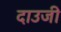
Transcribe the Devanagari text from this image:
दाउजी